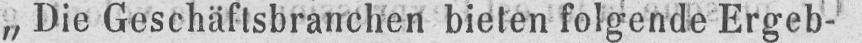
„Die Geschäftsbranchen bieten folgende Ergeb-